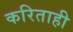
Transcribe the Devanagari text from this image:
करिताही